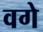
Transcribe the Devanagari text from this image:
वगे